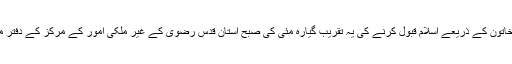
تھائی لینڈ کی خاتون کے ذریعے اسلام قبول کرنے کی یہ تقریب گیارہ مئی کی صبح آستان قدس رضوی کے غیر ملکی امور کے مرکز کے دفتر میں انجام پائی ۔